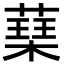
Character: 𮑃